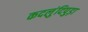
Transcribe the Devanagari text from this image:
कदलुंदिपुड़ा